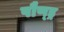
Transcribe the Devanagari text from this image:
पौण्ड्र